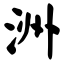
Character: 洲